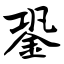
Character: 銎